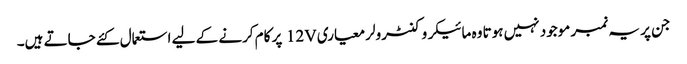
جن پر یہ نمبر موجود نہیں ہوتا وہ مائیکروکنٹرولر معیاری 12V پر کام کرنے کے لیے استعمال کئے جاتے ہیں۔